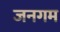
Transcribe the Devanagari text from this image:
जनगम